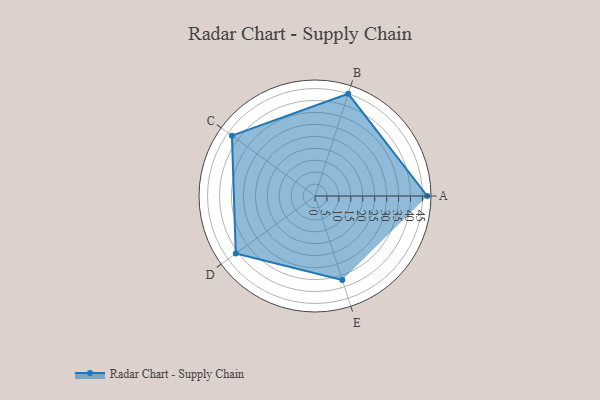
{"axis": {"x": "Skill", "y": "Score"}, "legend": ["Profile"], "data": [{"x": "A", "y": 47.0, "type": "Profile"}, {"x": "B", "y": 45.0, "type": "Profile"}, {"x": "C", "y": 43.0, "type": "Profile"}, {"x": "D", "y": 41.0, "type": "Profile"}, {"x": "E", "y": 37.0, "type": "Profile"}]}